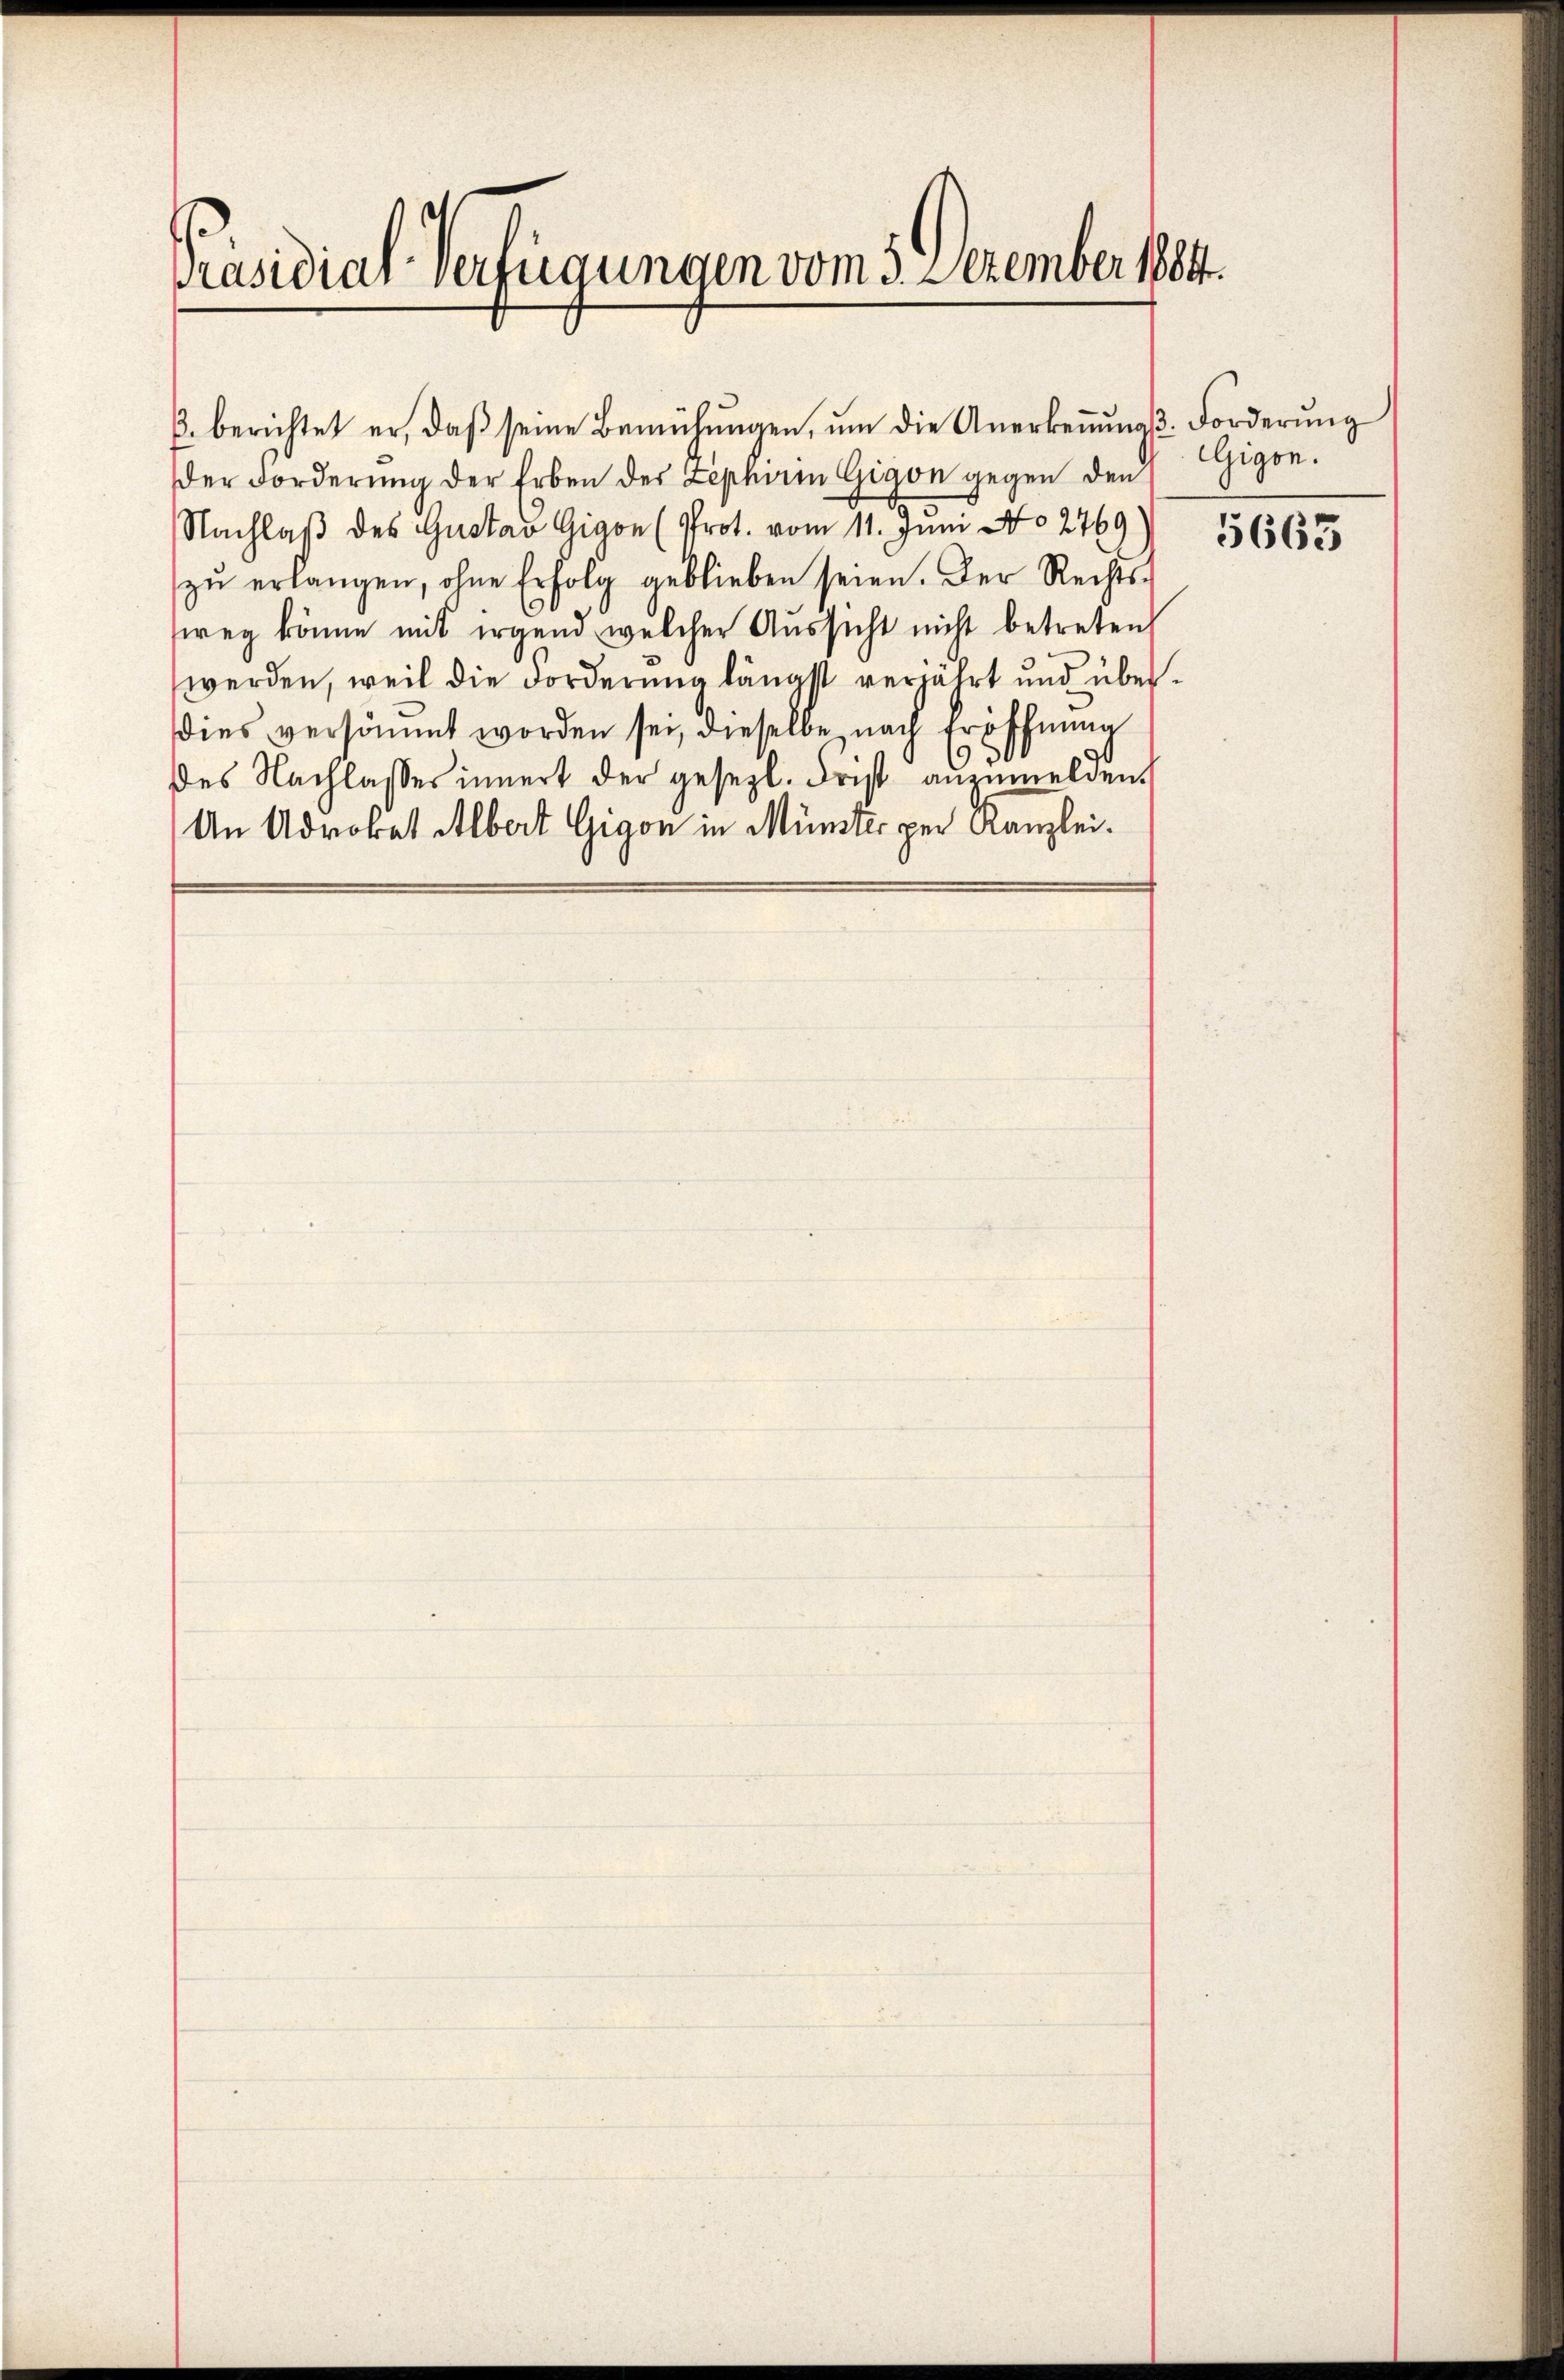
Präsidial-Verfügungen vom 3. Dezember 1884.

B. berichtet er, daβ seine Bemühŭngen, ŭm die Anerkeṅŭng-Forderŭng
der Forderung der Erben der Lepherin Gigon gegen den
Nachlaβ des Gustav Gigon (Prot. vom 11. Juni No 2769)
zŭ erlangen, ohne Erfolg geblieben seien. Der Rechts-
weg könne mit irgend welcher Aussicht nicht betreten
werden, weil die Forderung längst verjährt und überdies versäumt worden sei, dieselbe nach Eröffnung
des Nachlasses innert der gesetzl. Frist anzumelden.
An Adrobet Albert Gigon in Münster per Kanzlei.

Gigon.

5663